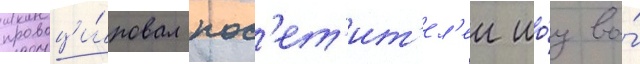
провоци́ровал пос'ет'ит'ел'еи шо́у во́